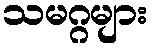
သမဂ္ဂများ